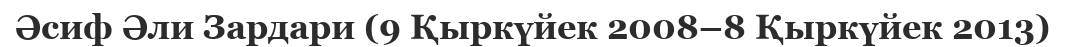
Әсиф Әли Зардари (9 Қыркүйек 2008–8 Қыркүйек 2013)